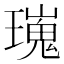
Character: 𤩫